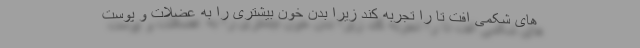
های شکمی افت تا را تجربه کند زیرا بدن خون بیشتری را به عضلات و پوست